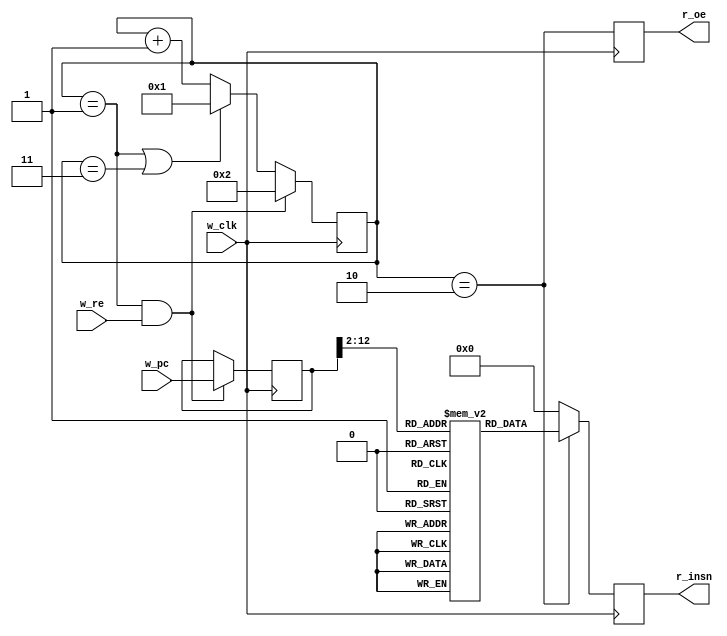
`define D_DELAY 3
module m_imem(w_clk, w_pc, w_re, r_insn, r_oe);
  input  wire w_clk, w_re;
  input  wire [31:0] w_pc;
  output reg  [31:0] r_insn = 0;
  output reg  r_oe = 0;
  reg [31:0] mem [0:2047];
  reg [31:0] r_c=1, r_pc=0;
  always @(posedge w_clk) begin
    r_pc <= (r_c==1 & w_re) ? w_pc : r_pc;
    r_c <= (r_c==1 & w_re) ? 2 : (r_c==1 | r_c==`D_DELAY) ? 1 : r_c+1;
    r_oe <= (r_c==`D_DELAY-1);
    r_insn <= (r_c==`D_DELAY-1) ? mem[r_pc[12:2]] : 0;
  end
  integer i; initial for (i=0; i<2048; i=i+1) mem[i] = 32'd0;
endmodule